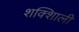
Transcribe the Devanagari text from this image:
शक्शिाली